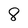
Character: 8